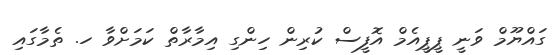
ގައްޔޫމް ވަނީ ޕީޕީއެމް އޮފީސް ކުރިން ހިންގި އިމާރާތް ކަމަށްވާ ހ. ތެމާގައި